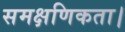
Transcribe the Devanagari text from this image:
समक्षणिकता।